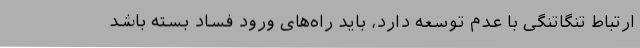
ارتباط تنگاتنگی با عدم توسعه دارد، باید راه‌های ورود فساد بسته باشد